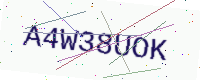
Text: A4W38UOK